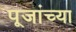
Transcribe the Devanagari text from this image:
पूजांच्या